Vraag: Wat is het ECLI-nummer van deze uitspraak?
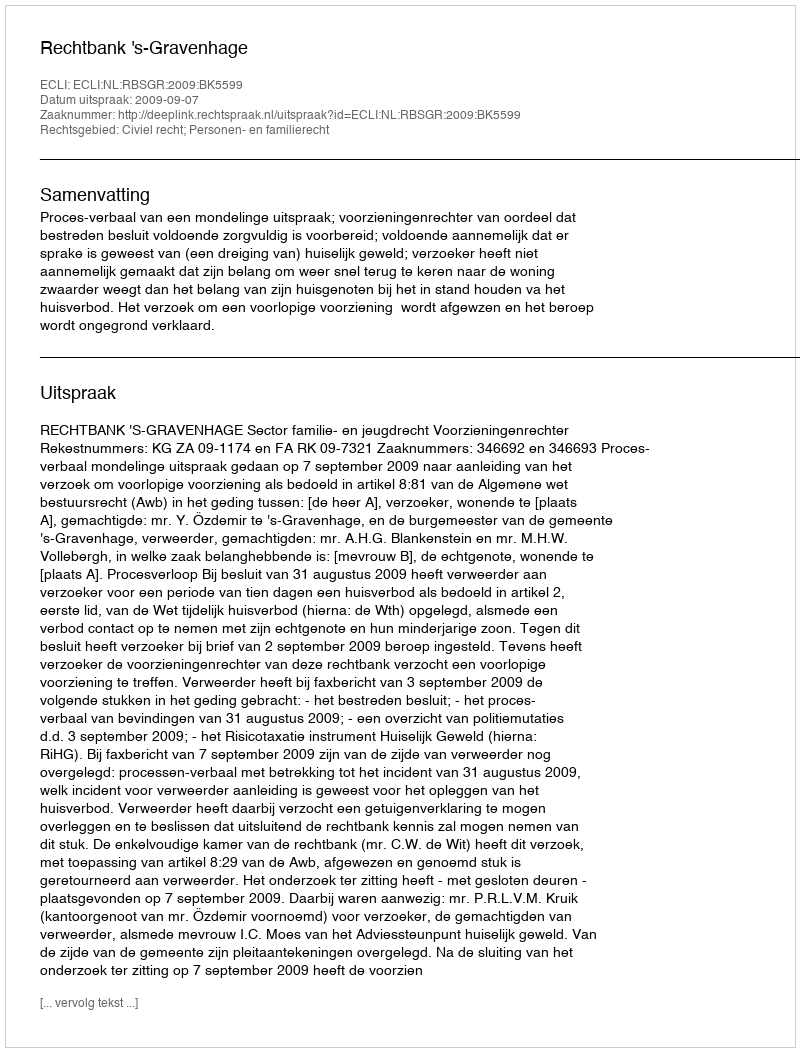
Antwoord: ECLI:NL:RBSGR:2009:BK5599